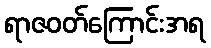
ရာဇဝတ်ကြောင်းအရ